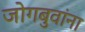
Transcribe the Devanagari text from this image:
जोगबुवांना